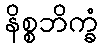
နိစ္စဘိက္ခံ